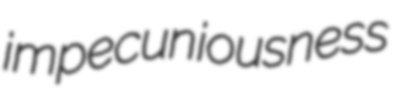
impecuniousness